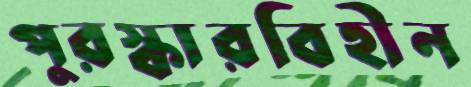
পুরস্কারবিহীন